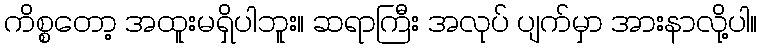
ကိစ္စတော့ အထူးမရှိပါဘူး။ ဆရာကြီး အလုပ် ပျက်မှာ အားနာလို့ပါ။